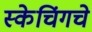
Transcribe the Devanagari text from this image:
स्केचिंगचे